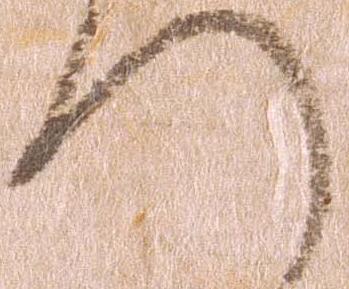
へ